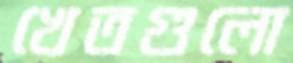
খেতগুলো